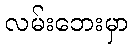
လမ်းဘေးမှာ